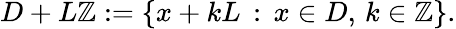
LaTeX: \begin{array}{r}{D+L\mathbb{Z}:=\{ x+kL\, :\, x\in D,\, k\in\mathbb{Z}\} .}\end{array}